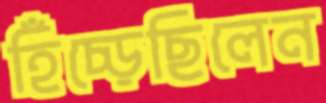
হিঁচ্‌ড়েছিলেন